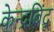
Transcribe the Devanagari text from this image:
केन्द्रबिंदू